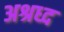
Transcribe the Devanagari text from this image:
अश्रध्द